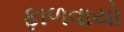
ફાળવાયો